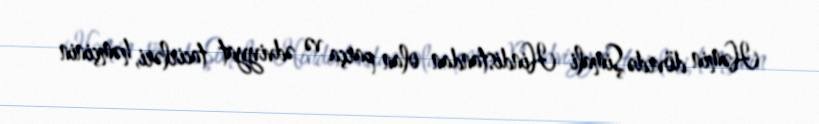
Həmin dövrdə Şimali Hindistandan olan parça və ədviyyat tacirləri, həmçinin